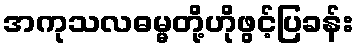
အကုသလဓမ္မတို့ဟိုဖွင့်ပြခန်း